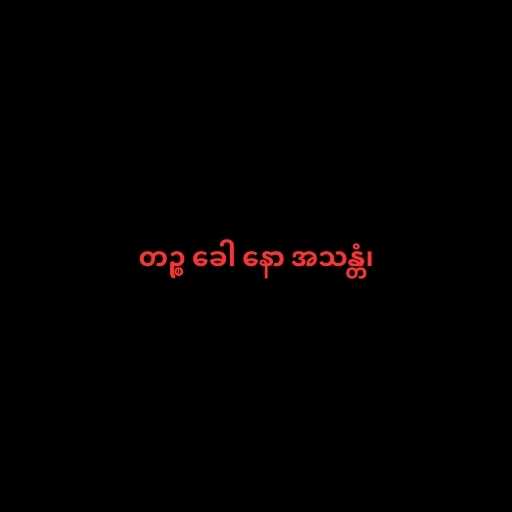
တဉ္စ ခေါ နော အသန္တံ၊